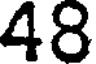
48